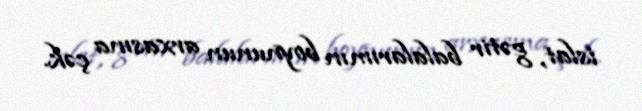
islat, gətir balalarımın boynunun arxasına çək.